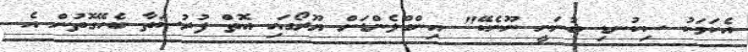
އެކަމަކު ސިކުނޑި ބުނަނީ ނޫނެކޭ" އިންގްލެންޑަށް ޔޫރޯގައި އޮތް ފުރުސަތާ ބެހޭގޮތުން އެ